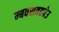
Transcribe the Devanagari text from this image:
म्बवसवहपेउ